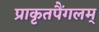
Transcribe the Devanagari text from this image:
प्राकृतपैंगलम्